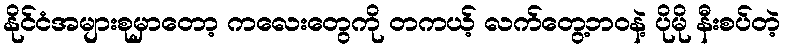
နိုင်ငံအများစုမှာတော့ ကလေးတွေကို တကယ့် လက်တွေ့ဘဝနဲ့ ပိုမို နီးစပ်တဲ့